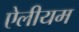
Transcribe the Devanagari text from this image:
ऐलीयम